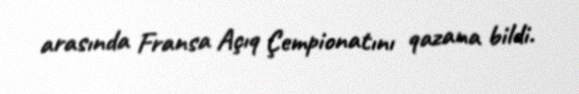
arasında Fransa Açıq Çempionatını qazana bildi.